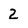
Character: 2